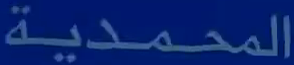
المحمدية